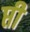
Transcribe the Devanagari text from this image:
प्ती